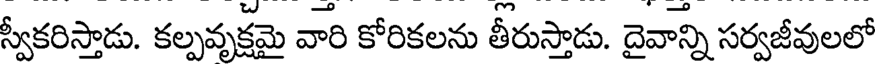
స్వీకరిస్తాడు. కల్పవృక్షమై వారి కోరికలను తీరుస్తాడు. దైవాన్ని సర్వజీవులలో